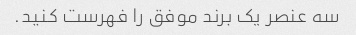
سه عنصر یک برند موفق را فهرست کنید.